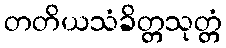
တတိယသံခိတ္တသုတ္တံ